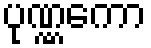
ပုဏ္ဏကော